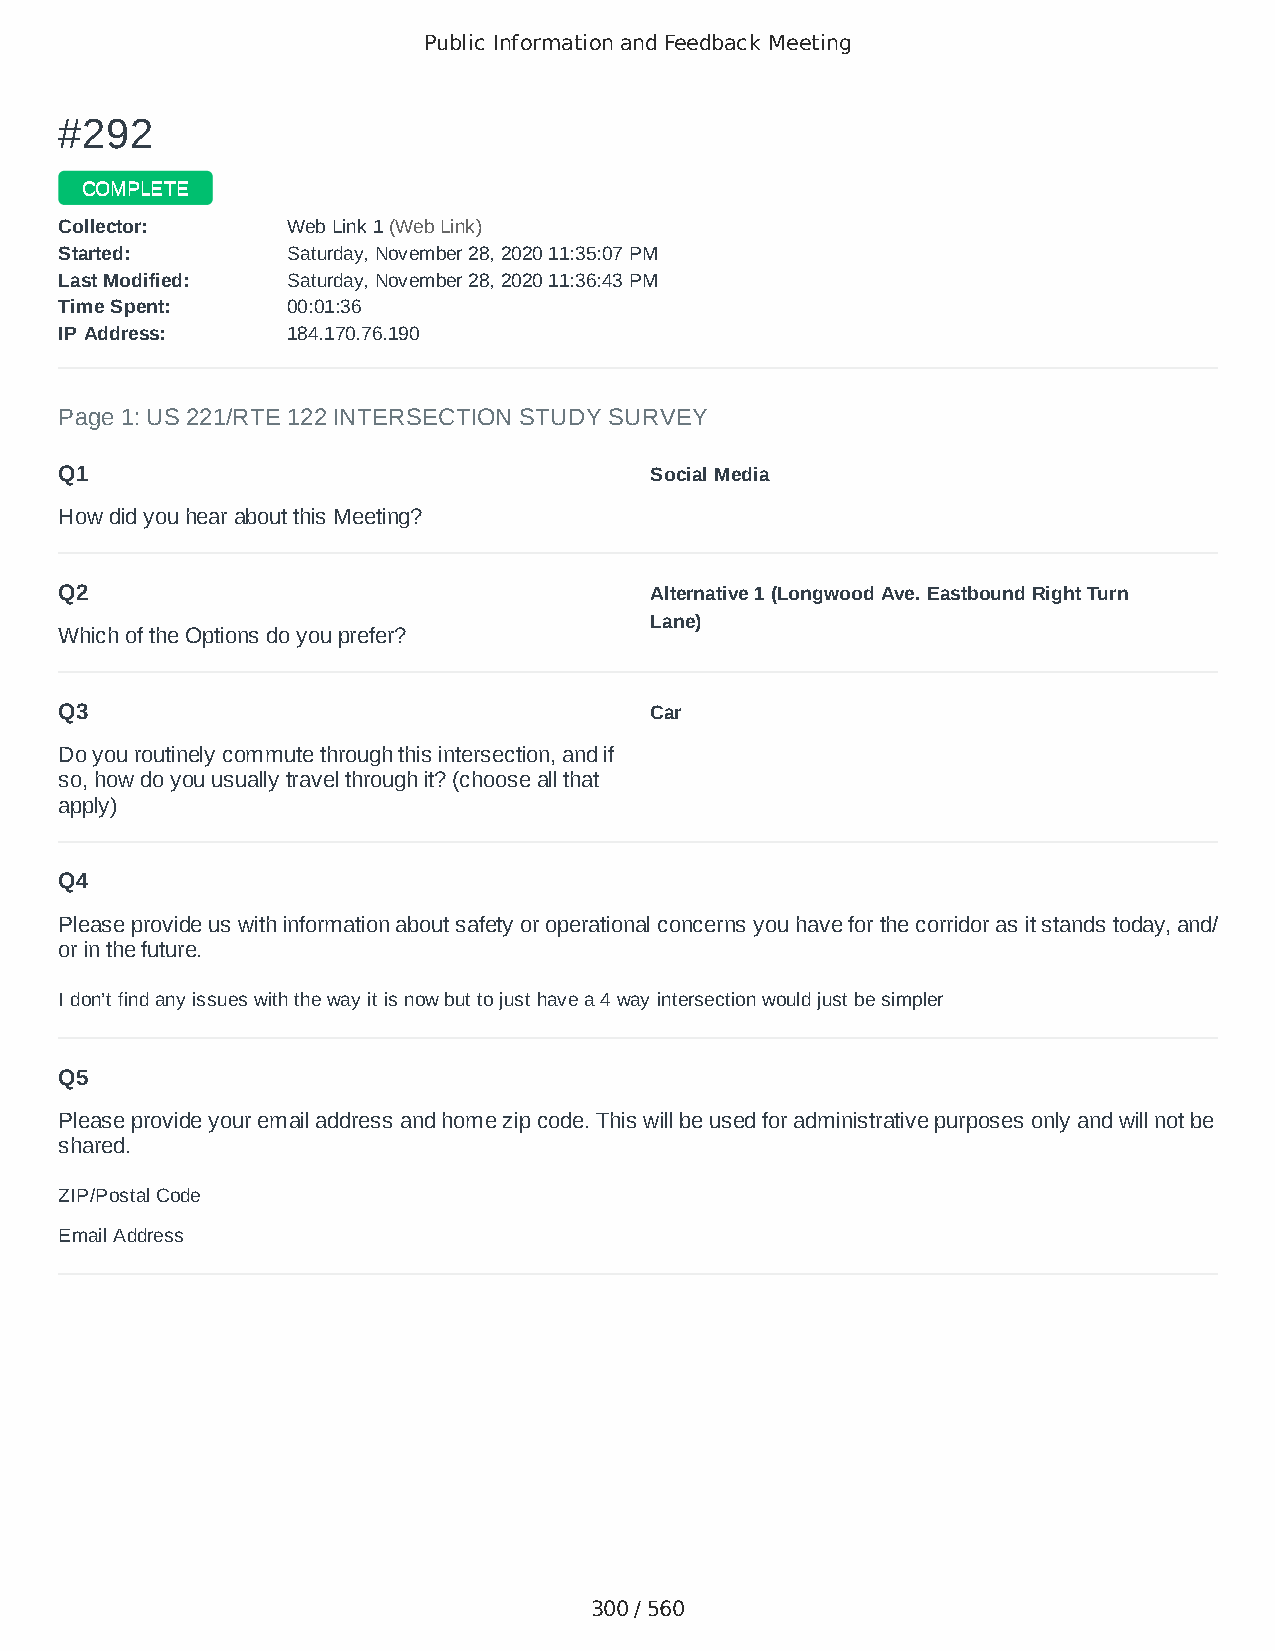
Public Information and Feedback Meeting
 ##229922
 CCOOMMPPLLEETTEE
 CCoolllleeccttoorr:: WWeebb LLiinnkk 11 ((WWeebb LLiinnkk))
 SSttaarrtteedd:: SSaattuurrddaayy,, NNoovveemmbbeerr 2288,, 22002200 1111::3355::0077 PPMM
 LLaasstt MMooddiiffiieedd:: SSaattuurrddaayy,, NNoovveemmbbeerr 2288,, 22002200 1111::3366::4433 PPMM
 TTiimmee SSppeenntt:: 0000::0011::3366
 IIPP AAddddrreessss:: 118844..117700..7766..119900
 Page 1: US 221/RTE 122 INTERSECTION STUDY SURVEY
 Q1                                     Social Media
 How did you hear about this Meeting?
 Q2                                     Alternative 1 (Longwood Ave. Eastbound Right Turn
 Lane)
 Which of the Options do you prefer?
 Q3                                     Car
 Do you routinely commute through this intersection, and if
 so, how do you usually travel through it? (choose all that
 apply)
 Q4
 Please provide us with information about safety or operational concerns you have for the corridor as it stands today, and/
 or in the future.
 I don’t find any issues with the way it is now but to just have a 4 way intersection would just be simpler
 Q5
 Please provide your email address and home zip code. This will be used for administrative purposes only and will not be
 shared.
 ZIP/Postal Code                        24523
 Email Address                          yeahso@yahoo.com
 300 / 560